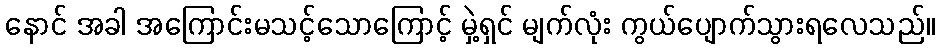
နောင် အခါ အကြောင်းမသင့်သောကြောင့် မှဲ့ရှင် မျက်လုံး ကွယ်ပျောက်သွားရလေသည်။